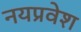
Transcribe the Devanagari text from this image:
नयप्रवेश